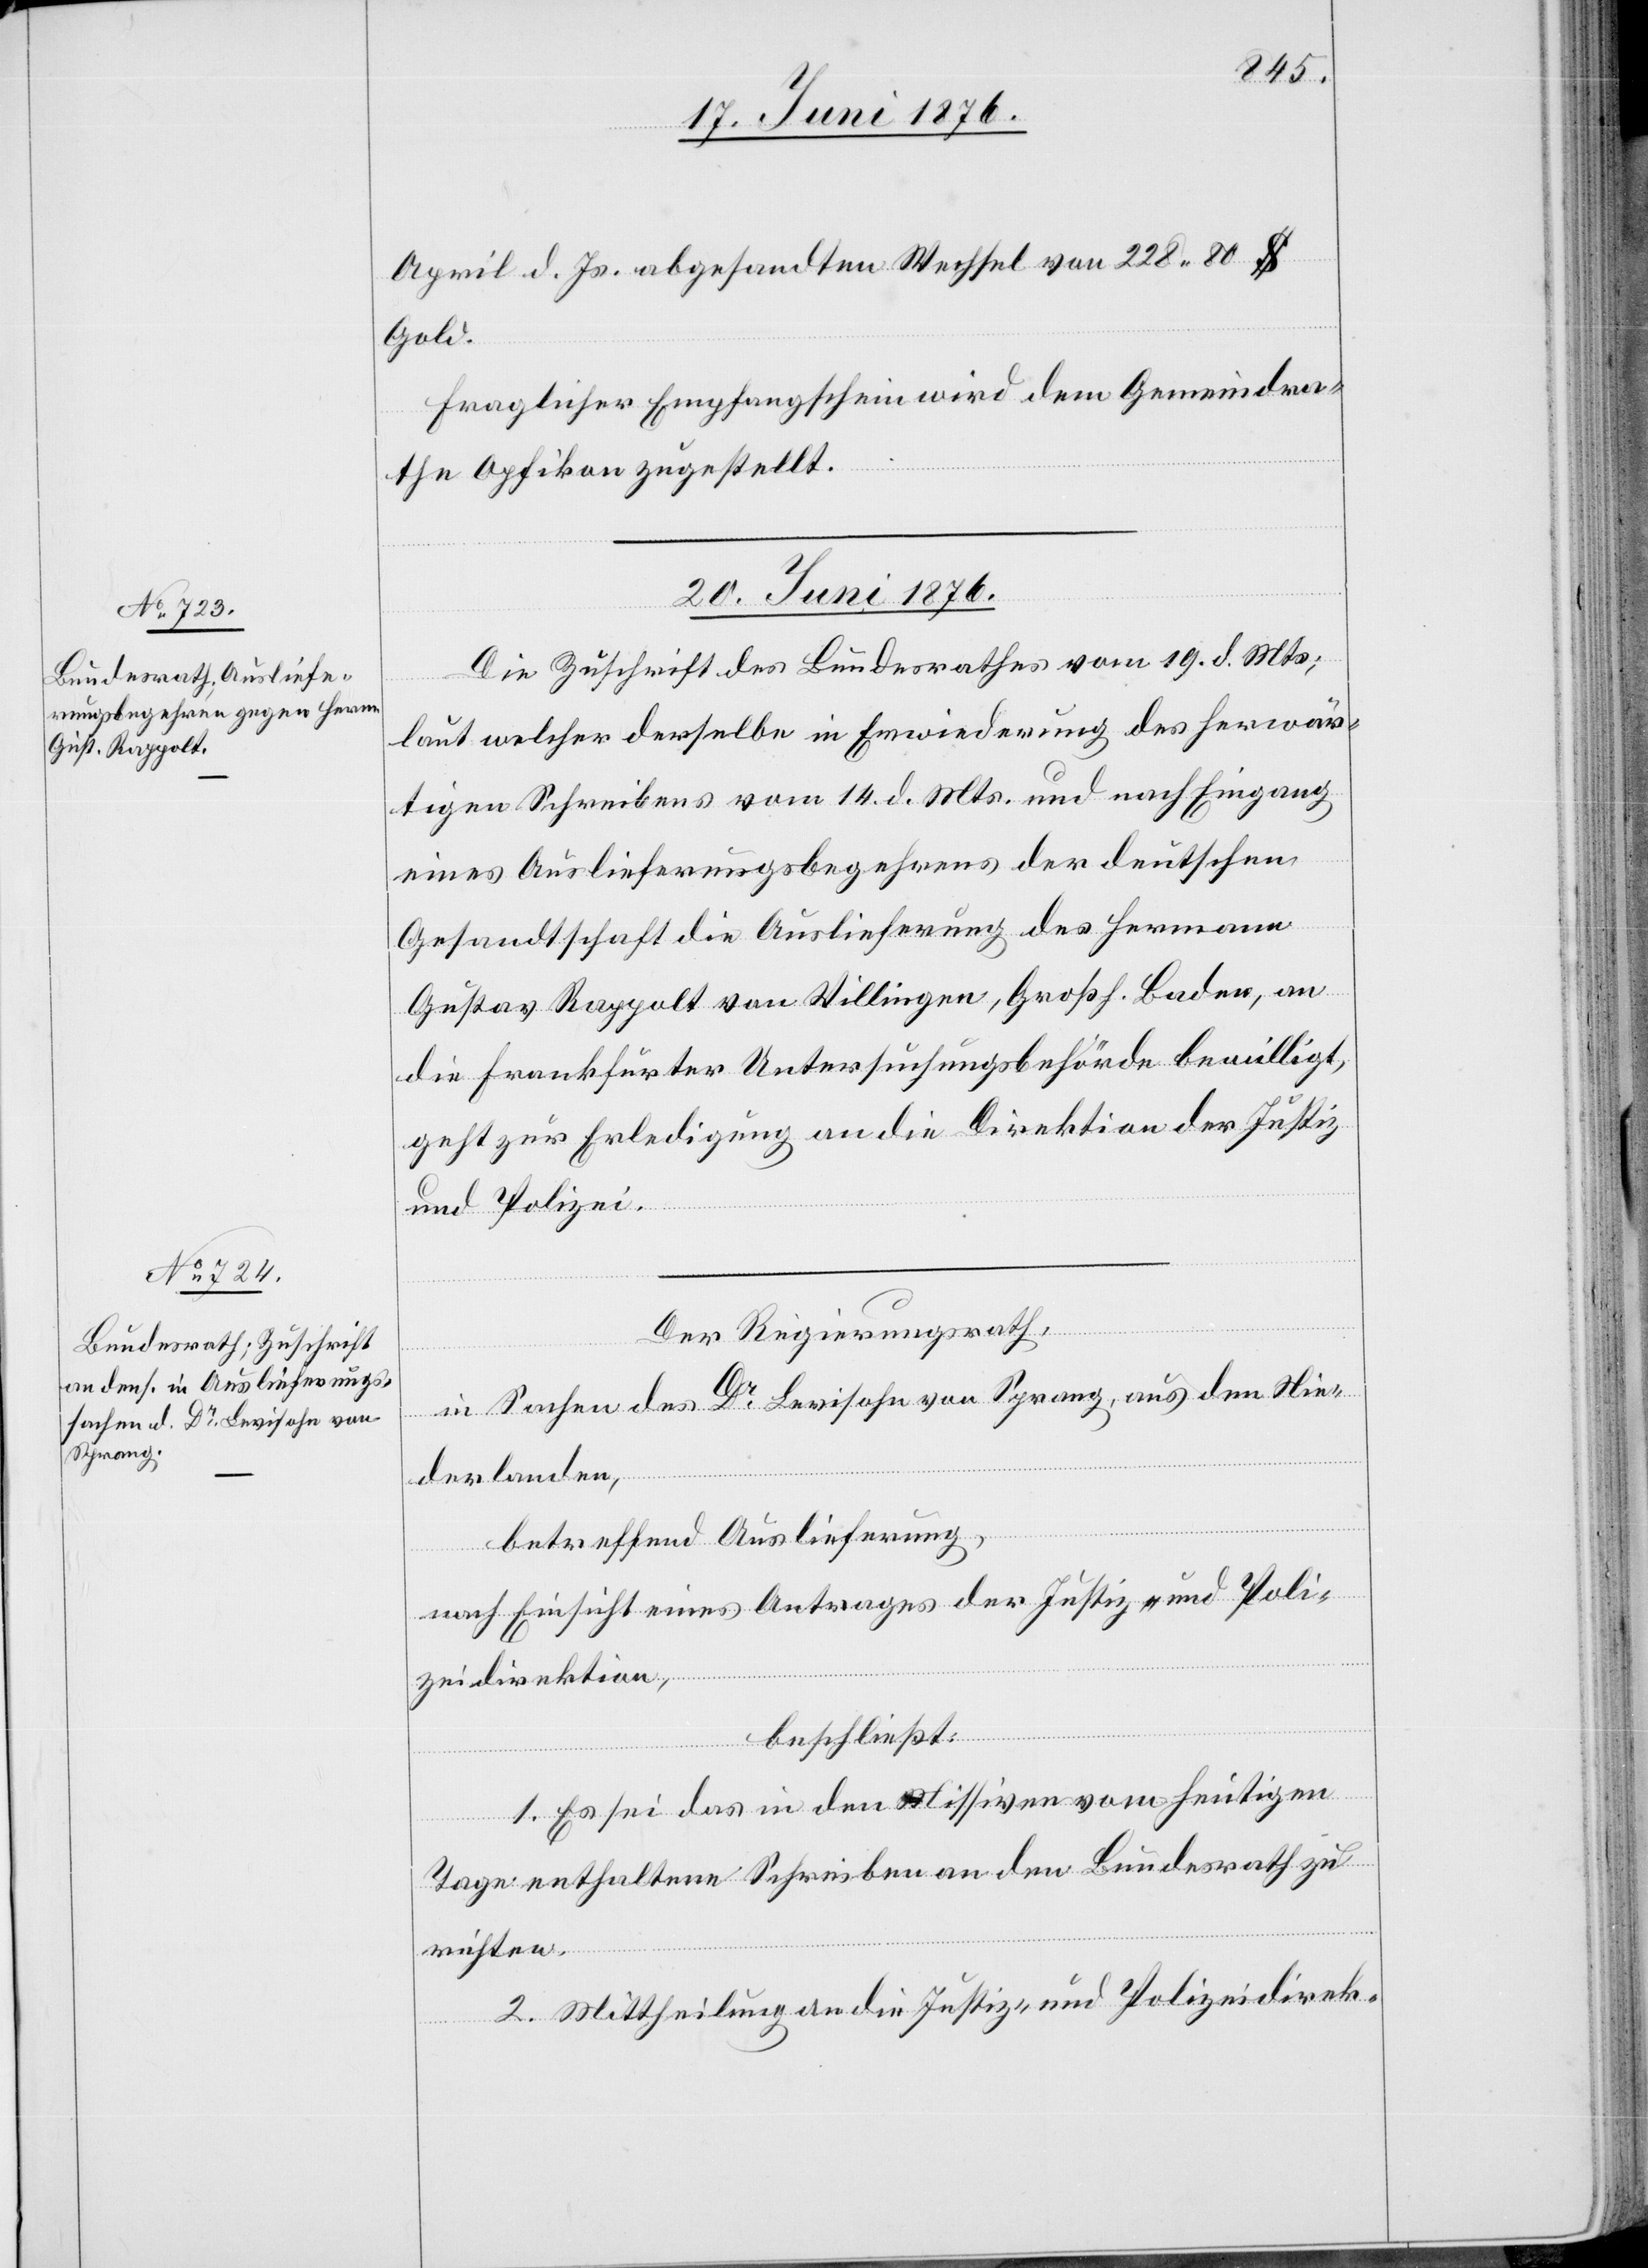
April d. Js. abgesandten Wechsel von 288 80 $
Gold.
Fraglicher Empfangsschein wird dem Gemeindra¬
the Opfikon zugestellt.
20. Juni 1876.]
Die Zuschrift des Bundesrathes vom 19. d. Mts.,
laut welcher derselbe in Erwiederung des herwär¬
tigen Schreibens vom 14. d. Mts. und nach Eingang
eines Auslieferungsbegehrens der deutschen
Gesellschaft die Auslieferung des Hermann
Gustav Rappolt von Villingen, Großh. Baden, an
die Frankfurter Untersuchungsbehörde bewilligt,
geht zur Erledigung an die Direktion der Justiz
und Polizei.
Der Regierungsrath,
in Sachen des Dr Levisohn von Sprang, aus den Nie¬
derlanden,
betreffend Auslieferung,
nach Einsicht eines Antrages der Justiz- und Poli¬
zeidirektion,
beschließt:
1. Es sei das in den Missiven vom heutigen
Tage enthaltene Schreiben an den Bundesrath zu
richten.
2. Mittheilung an die Justiz- und Polizeidirek-